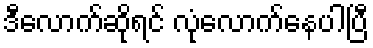
ဒီလောက်ဆိုရင် လုံလောက်နေပါပြီ